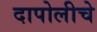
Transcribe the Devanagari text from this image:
दापोलीचे